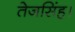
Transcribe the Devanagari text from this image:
तेजसिंह।